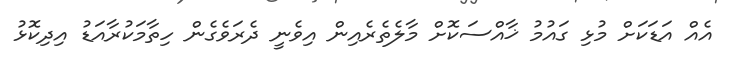
އެއް އަޑަކަށް މުޅި ގައުމު ޚާއްސަކޮށް މާލެތެރެއިން އިވެނީ ދެރަވެގެން ހިތާމަކުރާއަޑު އިދިކޮޅު